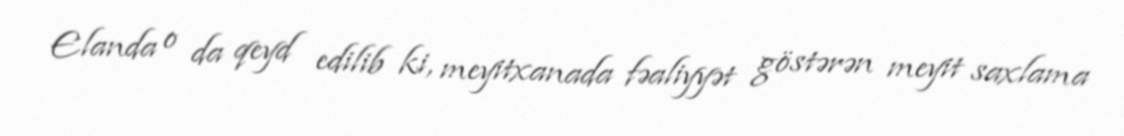
Elanda o da qeyd edilib ki, meyitxanada fəaliyyət göstərən meyit saxlama